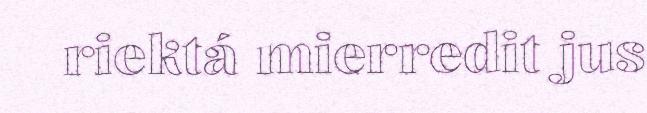
riektá mierredit jus